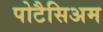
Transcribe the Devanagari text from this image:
पोटैसिअम